Punjab Mental Hospital Lahore 1922-31 - 1922-1931
Year: 1922
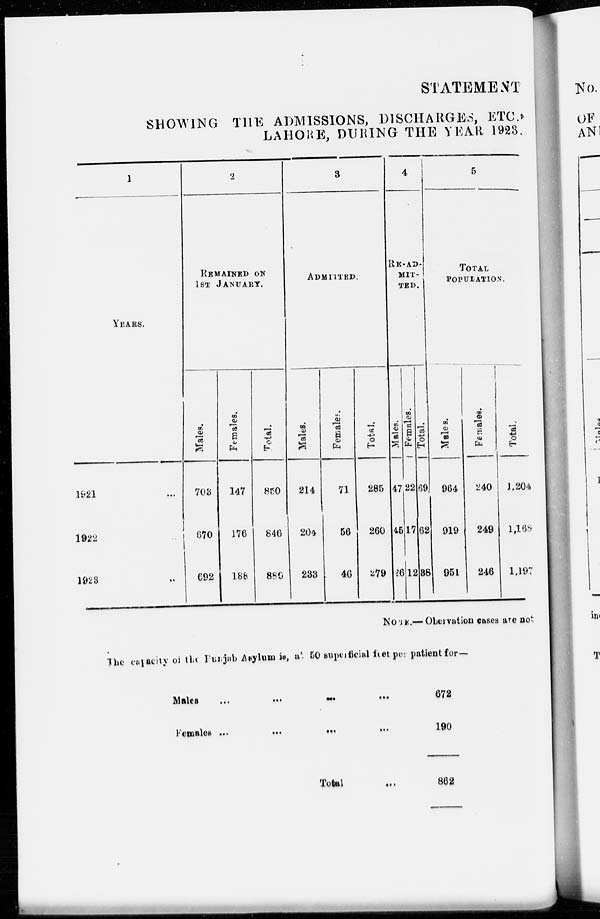
STATEMENT
SHOWING THE ADMISSIONS, DISCHARGES, ETC.,
LAHORE, DURING THE YEAR 1923.
1
YEARS.
1921 ...
1922 ...
1923 ...
2
REMAINED ON
1ST JANUARY.
Males.
708
670
692
Females.
147
176
188
Total.
850
846
880
3
ADMITTED.
Males.
214
204
233
Females.
71
56
46
Total.
285
260
279
4
RE-AD-
MIT-
TED.
Males.
47
45
26
Females.
22
17
12
Total.
69
62
38
5
TOTAL
POPULATION.
Males.
964
919
951
Females.
240
249
246
Total.
1,204
1,168
1,197
NOTE.—Obervation cases are not
The capacity of the Punjub Asylum is, at 50 superficial feet per patient for—
Males
...
...
...
...
Females
...
...
...
...
Total ...
672
190
862